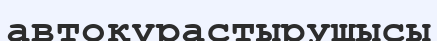
автоқұрастырушысы